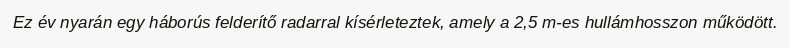
Ez év nyarán egy háborús felderítő radarral kísérleteztek, amely a 2,5 m-es hullámhosszon működött.